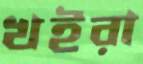
খইরা